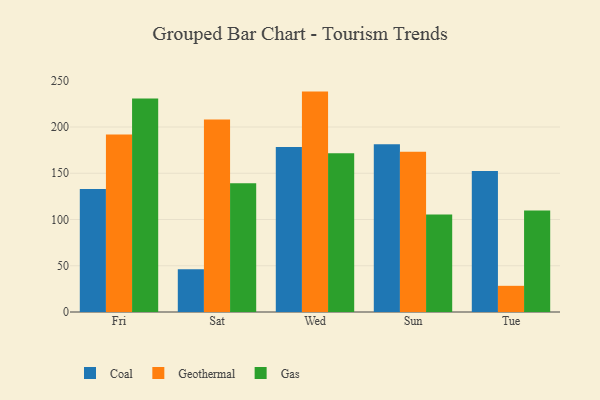
{"axis": {"x": "Day", "y": "Humidity (%)"}, "legend": ["Coal", "Gas", "Geothermal"], "data": [{"x": "Fri", "y": 133.0, "type": "Coal"}, {"x": "Fri", "y": 191.8, "type": "Geothermal"}, {"x": "Fri", "y": 230.8, "type": "Gas"}, {"x": "Sat", "y": 46.1, "type": "Coal"}, {"x": "Sat", "y": 208.2, "type": "Geothermal"}, {"x": "Sat", "y": 139.2, "type": "Gas"}, {"x": "Wed", "y": 178.5, "type": "Coal"}, {"x": "Wed", "y": 238.3, "type": "Geothermal"}, {"x": "Wed", "y": 171.6, "type": "Gas"}, {"x": "Sun", "y": 181.5, "type": "Coal"}, {"x": "Sun", "y": 173.3, "type": "Geothermal"}, {"x": "Sun", "y": 105.5, "type": "Gas"}, {"x": "Tue", "y": 152.4, "type": "Coal"}, {"x": "Tue", "y": 28.3, "type": "Geothermal"}, {"x": "Tue", "y": 109.8, "type": "Gas"}]}